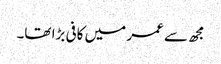
مجھ سے عمر میں کافی بڑا تھا۔